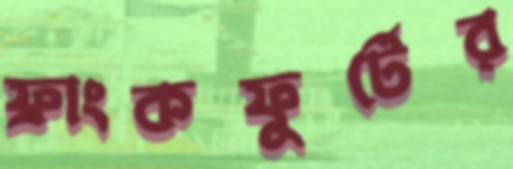
ফ্রাংকফুর্টের